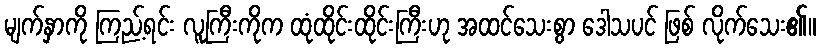
မျက်နှာကို ကြည့်ရင်း လူကြီးကိုက ထုံထိုင်းထိုင်းကြီးဟု အထင်သေးစွာ ဒေါသပင် ဖြစ် လိုက်သေး၏။